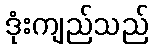
ဒုံးကျည်သည်